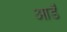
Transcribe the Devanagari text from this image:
आर्डॅ